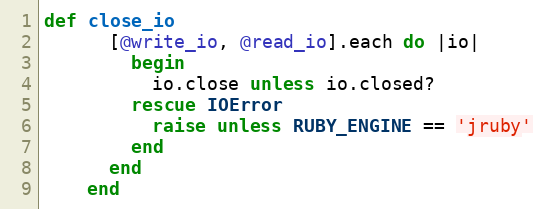
Language: Ruby
def close_io
      [@write_io, @read_io].each do |io|
        begin
          io.close unless io.closed?
        rescue IOError
          raise unless RUBY_ENGINE == 'jruby'
        end
      end
    end